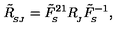
\tilde { R } _ { _ { \! S J } } ^ { } = \tilde { F } _ { _ { \! S } } ^ { 2 1 } R _ { _ { \! J } } ^ { } \tilde { F } _ { _ { \! S } } ^ { - 1 } ,